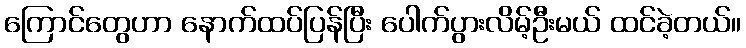
ကြောင်တွေဟာ နောက်ထပ်ပြန်ပြီး ပေါက်ပွားလိမ့်ဦးမယ် ထင်ခဲ့တယ်။